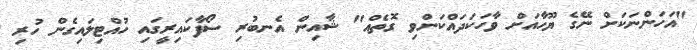
"އަހަންނަކަށް ނޭގެ ޔޫހާއަށް ވާހަކަދައްކަންވި ގޮތެއް" ޝާއިން އެނބުރި ސޯފާކައިރީގައި ހުއްޓިލައިގެން ހުރި